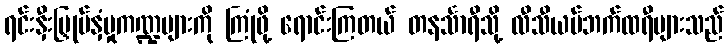
ရင်းနှီးမြှုပ်နှံမှုကဏ္ဍများကို ကြုံဖို့ ရောင်းကြတယ် တနင်္သာရီသို့ လီသီယမ်ဘက်ထရီများသည်